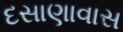
દસાણાવાસ